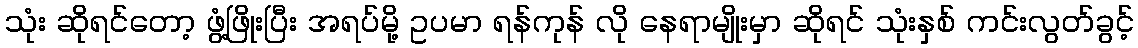
သုံး ဆိုရင်တော့ ဖွံ့ဖြိုးပြီး အရပ်မို့ ဥပမာ ရန်ကုန် လို နေရာမျိုးမှာ ဆိုရင် သုံးနှစ် ကင်းလွတ်ခွင့်